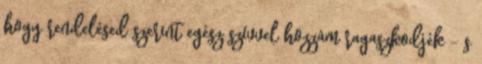
hogy rendelésed szerint egész szívvel hozzám ragaszkodjék – s